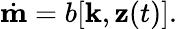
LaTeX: \begin{array}{r}{\dot{\mathbf m}=b[{\mathbf k},{\mathbf z}(t)].}\end{array}